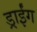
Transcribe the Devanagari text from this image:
ड्राईंग